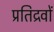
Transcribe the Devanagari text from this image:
प्रतिद्रवों